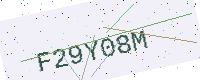
Text: F29Y08M